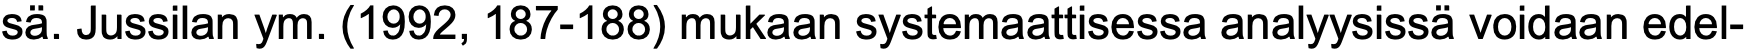
sä. Jussilan ym. (1992, 187-188) mukaan systemaattisessa analyysissä voidaan edel-